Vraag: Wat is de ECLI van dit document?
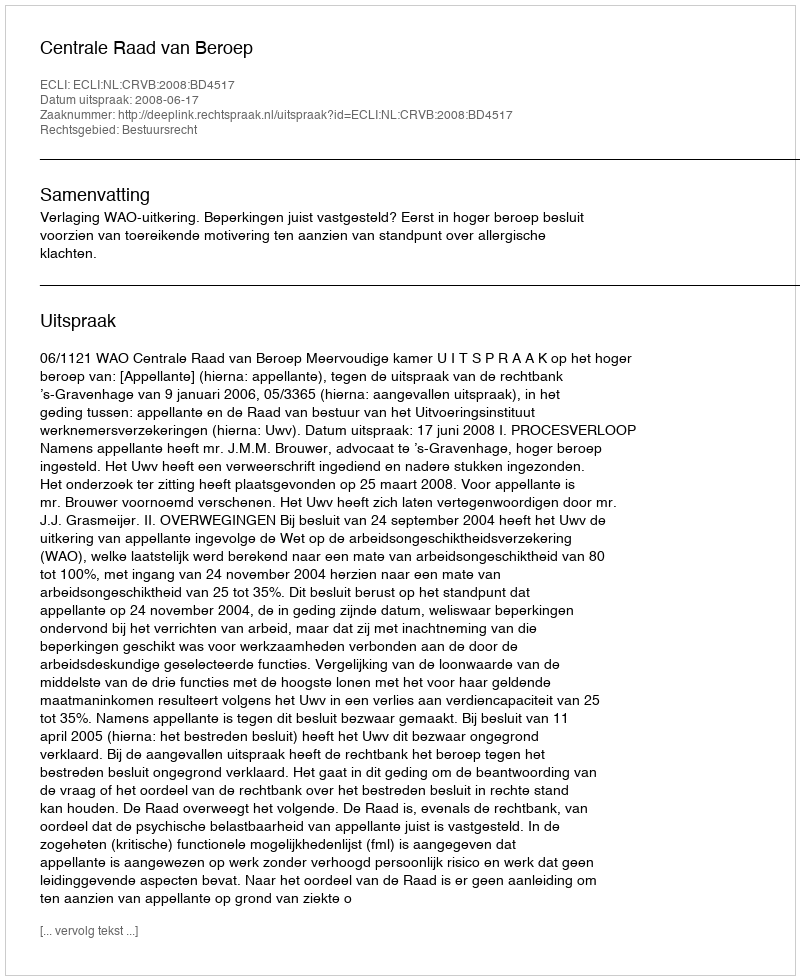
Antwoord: ECLI:NL:CRVB:2008:BD4517